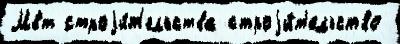
Мвт строjи́т'ельства строjи́т'ельство